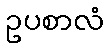
ဥပစာလံ